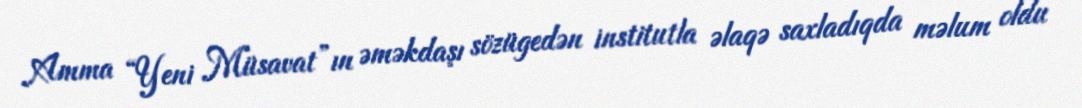
Amma “Yeni Müsavat”ın əməkdaşı sözügedən institutla əlaqə saxladıqda məlum oldu